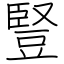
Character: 豎